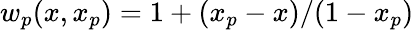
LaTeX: w_{p}(x,x_{p})=1+(x_{p}-x)/(1-x_{p})